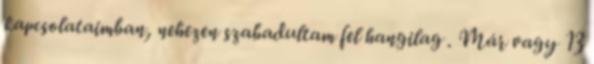
kapcsolataimban, nehezen szabadultam fel hangilag . Már vagy 13